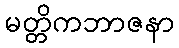
မတ္တိကဘာဇနာ